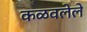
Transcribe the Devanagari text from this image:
कळवलेले